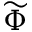
\widetilde { \Phi }